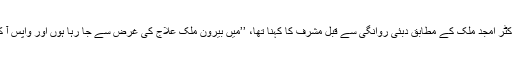
آل پاکستان مسلم لیگ کے دبئی میں ترجمان ڈاکٹر امجد ملک کے مطابق دبئی روانگی سے قبل مشرف کا کہنا تھا، ’’میں بیرون ملک علاج کی غرض سے جا رہا ہوں اور واپس آ کر اپنے خلاف دائر مقدمات کا سامنا کروں گا۔